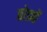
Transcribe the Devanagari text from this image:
छोड्यों